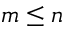
m \le n